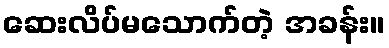
ဆေးလိပ်မသောက်တဲ့ အခန်း။